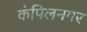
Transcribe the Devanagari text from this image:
कंपिलनगर